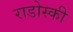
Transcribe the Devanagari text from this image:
राडोस्की